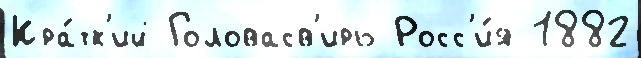
Кра́тк'ий Головасв'ирь Росс'и́я 1882